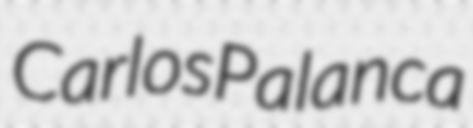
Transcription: Carlos Palanca